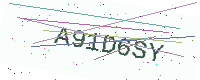
Text: A91D6SY